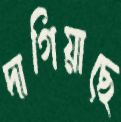
দাগিয়াছে